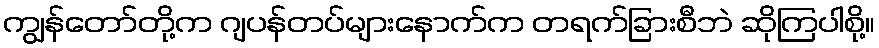
ကျွန်တော်တို့က ဂျပန်တပ်များနောက်က တရက်ခြားစီဘဲ ဆိုကြပါစို့။